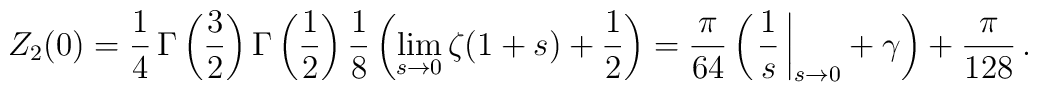
Z_2(0)=\frac{1}{4}\,\Gamma\left(\frac{3}{2}\right)\Gamma\left(\frac{1}{2}\right) \frac{1}{8}\left(\lim_{s\to0}^{}\zeta(1+s)+\frac{1}{2}\right)=\frac{\pi}{64}\left(\left.\frac{1}{s}\,\right|_{s\to0}+\gamma\right)+\frac{\pi}{128}\,{.}